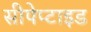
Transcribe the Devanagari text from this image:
सीपेप्टाइड